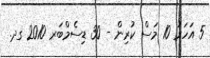
5 އަހަރު 10 މަސް ކުރިން - 30 ޑިސެމްބަރ 2010 ގދ.